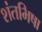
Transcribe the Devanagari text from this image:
शंतभिषा